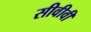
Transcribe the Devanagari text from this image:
सीवीवी